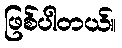
ဖြစ်ပါတယ်။